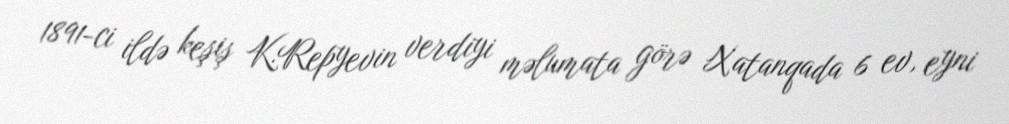
1891-ci ildə keşiş K.Repyevin verdiyi məlumata görə Xatanqada 6 ev, eyni